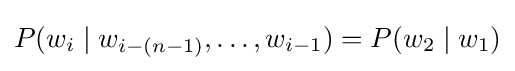
P(w_{i}\mid w_{i-(n-1)},\ldots ,w_{i-1})=P(w_{2}\mid w_{1})